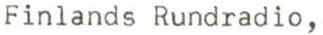
Finlands Rundradio,